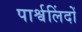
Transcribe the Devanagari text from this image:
पार्श्वलिंदों